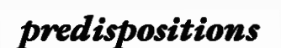
predispositions